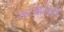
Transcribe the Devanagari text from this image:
नरकेसरी